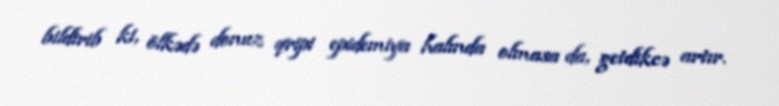
bildirib ki, ölkədə donuz qripi epidemiya halında olmasa da, getdikcə artır.